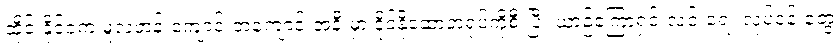
ထိုင်းနိုင်ငံက မူလတန်းကျောင်းတကျောင်းအနီးမှာ ဒိုင်နိုဆောအရုပ်ကိုစီးပြီး ယာဉ်ကြောရှင်းလင်းရေး လုပ်ငန်းတွေ